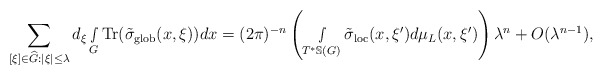
\begin{align*} \sum_{[\xi]\in \widehat{G}:|\xi|\leq \lambda}d_\xi\smallint\limits_G\textnormal{Tr}({\tilde\sigma}_{\textnormal{glob}}(x,\xi))dx=(2\pi)^{-n}\left( \smallint\limits_{T^*\mathbb{S}(G)}{\tilde\sigma}_{\textnormal{loc}}(x,\xi')d\mu_L(x,\xi')\right)\lambda^n+O(\lambda^{n-1}),\end{align*}